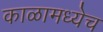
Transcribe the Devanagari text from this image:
काळामध्येच